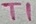
Text: T